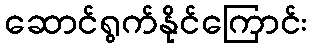
ဆောင်ရွက်နိုင်ကြောင်း